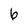
Character: 6